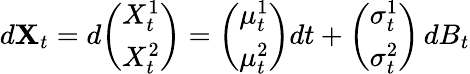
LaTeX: d\mathbf{X}_{t}=d{\left(\begin{array}{l}{X_{t}^{1}}\\ {X_{t}^{2}}\end{array}\right)}={\left(\begin{array}{l}{\mu_{t}^{1}}\\ {\mu_{t}^{2}}\end{array}\right)}dt+{\left(\begin{array}{l}{\sigma_{t}^{1}}\\ {\sigma_{t}^{2}}\end{array}\right)}\, dB_{t}